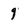
Character: 9